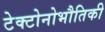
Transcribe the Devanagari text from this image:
टेक्टोनोभौतिकी